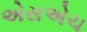
એસએચ